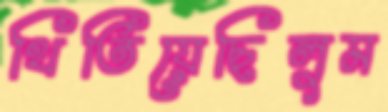
থিতিয়েছিলুম